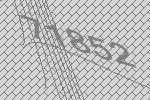
71852